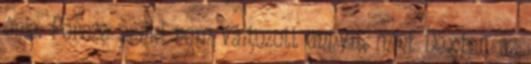
énje. Persze senki nem változott annyit, mint Dexter, az